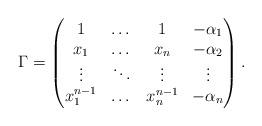
LaTeX: \begin{align*}\Gamma =\begin{pmatrix} 1&\dots &1 &-\alpha_1\\ x_1&\dots &x_n&-\alpha_2\\ \vdots & \ddots & \vdots &\vdots\\ x_1^{n-1}&\dots &x_n^{n-1}&-\alpha_n\end{pmatrix}.\end{align*}